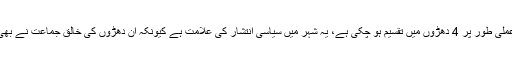
سال 2013ء تک ایم کیو ایم ایک مضبوط اور منظم ترین جماعت تھی لیکن اب بکھر رہی ہے اور عملی طور پر 4 دھڑوں میں تقسیم ہو چکی ہے، یہ شہر میں سیاسی انتشار کی علامت ہے کیونکہ اِن دھڑوں کی خالق جماعت نے بھی ایم کیو ایم (پاکستان) کے اندر کی خراب صورتحال سے فائدہ اٹھانے کی بھرپور تیاری کر لی ہے۔